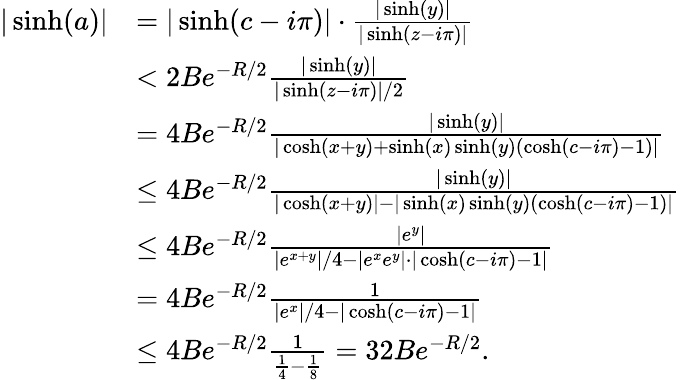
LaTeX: \begin{array}{rl}{|\sinh(a)|}&{=|\sinh(c-i\pi)|\cdot\frac{|\sinh(y)|}{|\sinh(z-i\pi)|}}\\ &{<2Be^{-R/2}\frac{|\sinh(y)|}{|\sinh(z-i\pi)|/2}}\\ &{=4Be^{-R/2}\frac{|\sinh(y)|}{|\cosh(x+y)+\sinh(x)\sinh(y)(\cosh(c-i\pi)-1)|}}\\ &{\leq 4Be^{-R/2}\frac{|\sinh(y)|}{|\cosh(x+y)|-|\sinh(x)\sinh(y)(\cosh(c-i\pi)-1)|}}\\ &{\leq 4Be^{-R/2}\frac{|e^{y}|}{|e^{x+y}|/4-|e^{x}e^{y}|\cdot|\cosh(c-i\pi)-1|}}\\ &{=4Be^{-R/2}\frac{1}{|e^{x}|/4-|\cosh(c-i\pi)-1|}}\\ &{\leq 4Be^{-R/2}\frac{1}{\frac{1}{4}-\frac{1}{8}}=32Be^{-R/2}.}\end{array}